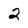
Character: 2